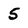
Character: 5